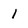
Character: 1